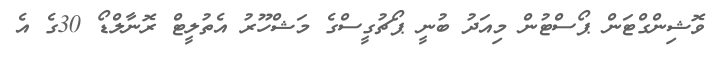
ވޮޝިންގްޓަން ޕޯސްޓުން މިއަދު ބުނީ ޕޯޗުގީސްގެ މަޝްހޫރު އެތުލީޓް ރޮނާލްޑޯ 30ގެ އެ